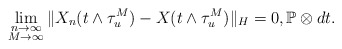
\begin{align*}\lim_{\substack{n\rightarrow\infty \\ M\rightarrow\infty}}\Vert X_n(t\wedge\tau_u^M) - X(t\wedge \tau_u^M ) \Vert_H = 0 , \mathbb{P}\otimes dt .\end{align*}